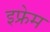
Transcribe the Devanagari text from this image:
इफ्रेम